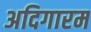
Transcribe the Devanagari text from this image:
अदिगारम